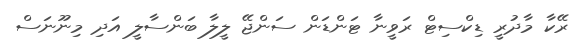
ރޭކާ މާދުރީ ޑިކްސިޓް ރަވީނާ ޓަންޑަން ސަންޖޭ ލީލާ ބަންސާލީ އަދި މިނޫނަސް